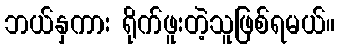
ဘယ်နှကား ရိုက်ဖူးတဲ့သူဖြစ်ရမယ်။